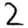
Digit: 2